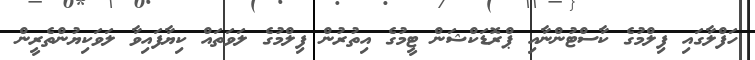
ހަފްލާގައި ފިލްމުގެ ކާސްޓުންނާއި ޕްރޮޑަކްޝަން ޓީމުގެ އިތުރުން ފިލްމުގެ ލަވަތައް ކިޔާފައިވާ ލަވަކިޔުންތެރީން